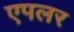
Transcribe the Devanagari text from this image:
एपलर